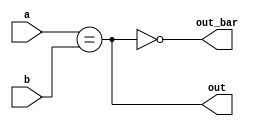
// Compares two 8-bit numbers and outputs if they're equal or not.

module Compare (
    input [7:0] a,
    input [7:0] b,
    output out,
    output out_bar);

    assign out = a == b;
    assign out_bar = ~out;
endmodule